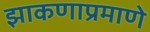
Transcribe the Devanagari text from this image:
झाकणाप्रमाणे